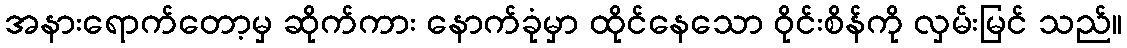
အနားရောက်တော့မှ ဆိုက်ကား နောက်ခုံမှာ ထိုင်နေသော ဝိုင်းစိန်ကို လှမ်းမြင် သည်။